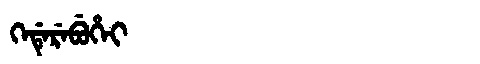
Manchu: ᡴᡝᡩᡝᡵᡝᠪᡠᡥᡝᡳ
Romanization: KEDEREBUHEI